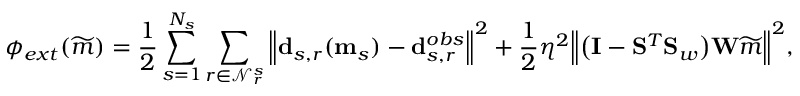
\phi _ { e x t } ( \widetilde { \b { m } } ) = \frac { 1 } { 2 } \sum _ { s = 1 } ^ { N _ { s } } \sum _ { r \in \mathcal { N } _ { r } ^ { s } } \Big \Vert \mathbf { d } _ { s , r } ( \mathbf { m } _ { s } ) - \mathbf { d } _ { s , r } ^ { o b s } \Big \Vert ^ { 2 } + \frac { 1 } { 2 } \eta ^ { 2 } \Big \Vert \big ( \mathbf { I } - \mathbf { S } ^ { T } \mathbf { S } _ { w } \big ) \mathbf { W } \widetilde { \b { m } } \Big \Vert ^ { 2 } ,